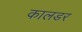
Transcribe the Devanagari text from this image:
कालडर